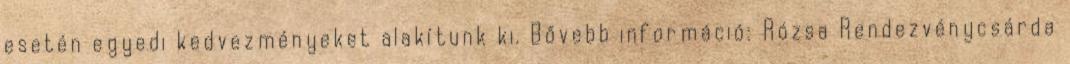
esetén egyedi kedvezményeket alakítunk ki. Bővebb információ: Rózsa Rendezvénycsárda